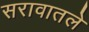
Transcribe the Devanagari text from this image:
सरावातले